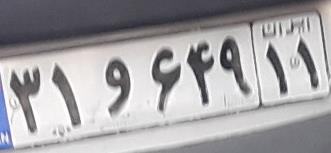
۳۱و۶۴۹۱۱